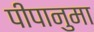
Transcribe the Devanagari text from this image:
पीपानुमा